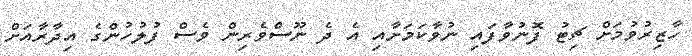
ހާޒިރުވުމަށް ޗިޓު ފޮނުވާފައި ނުވާކަމަށާއި އެ ދެ ނޫސްވެރިން ވެސް ފުލުހުންގެ އިދާރާއަށް